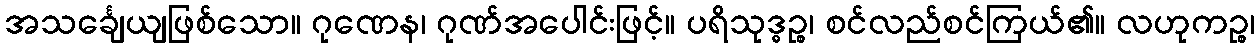
အသင်္ချေယျဖြစ်သော။ ဂုဏေန၊ ဂုဏ်အပေါင်းဖြင့်။ ပရိသုဒ္ဓဉ္စ၊ စင်လည်စင်ကြယ်၏။ လဟုကဉ္စ၊